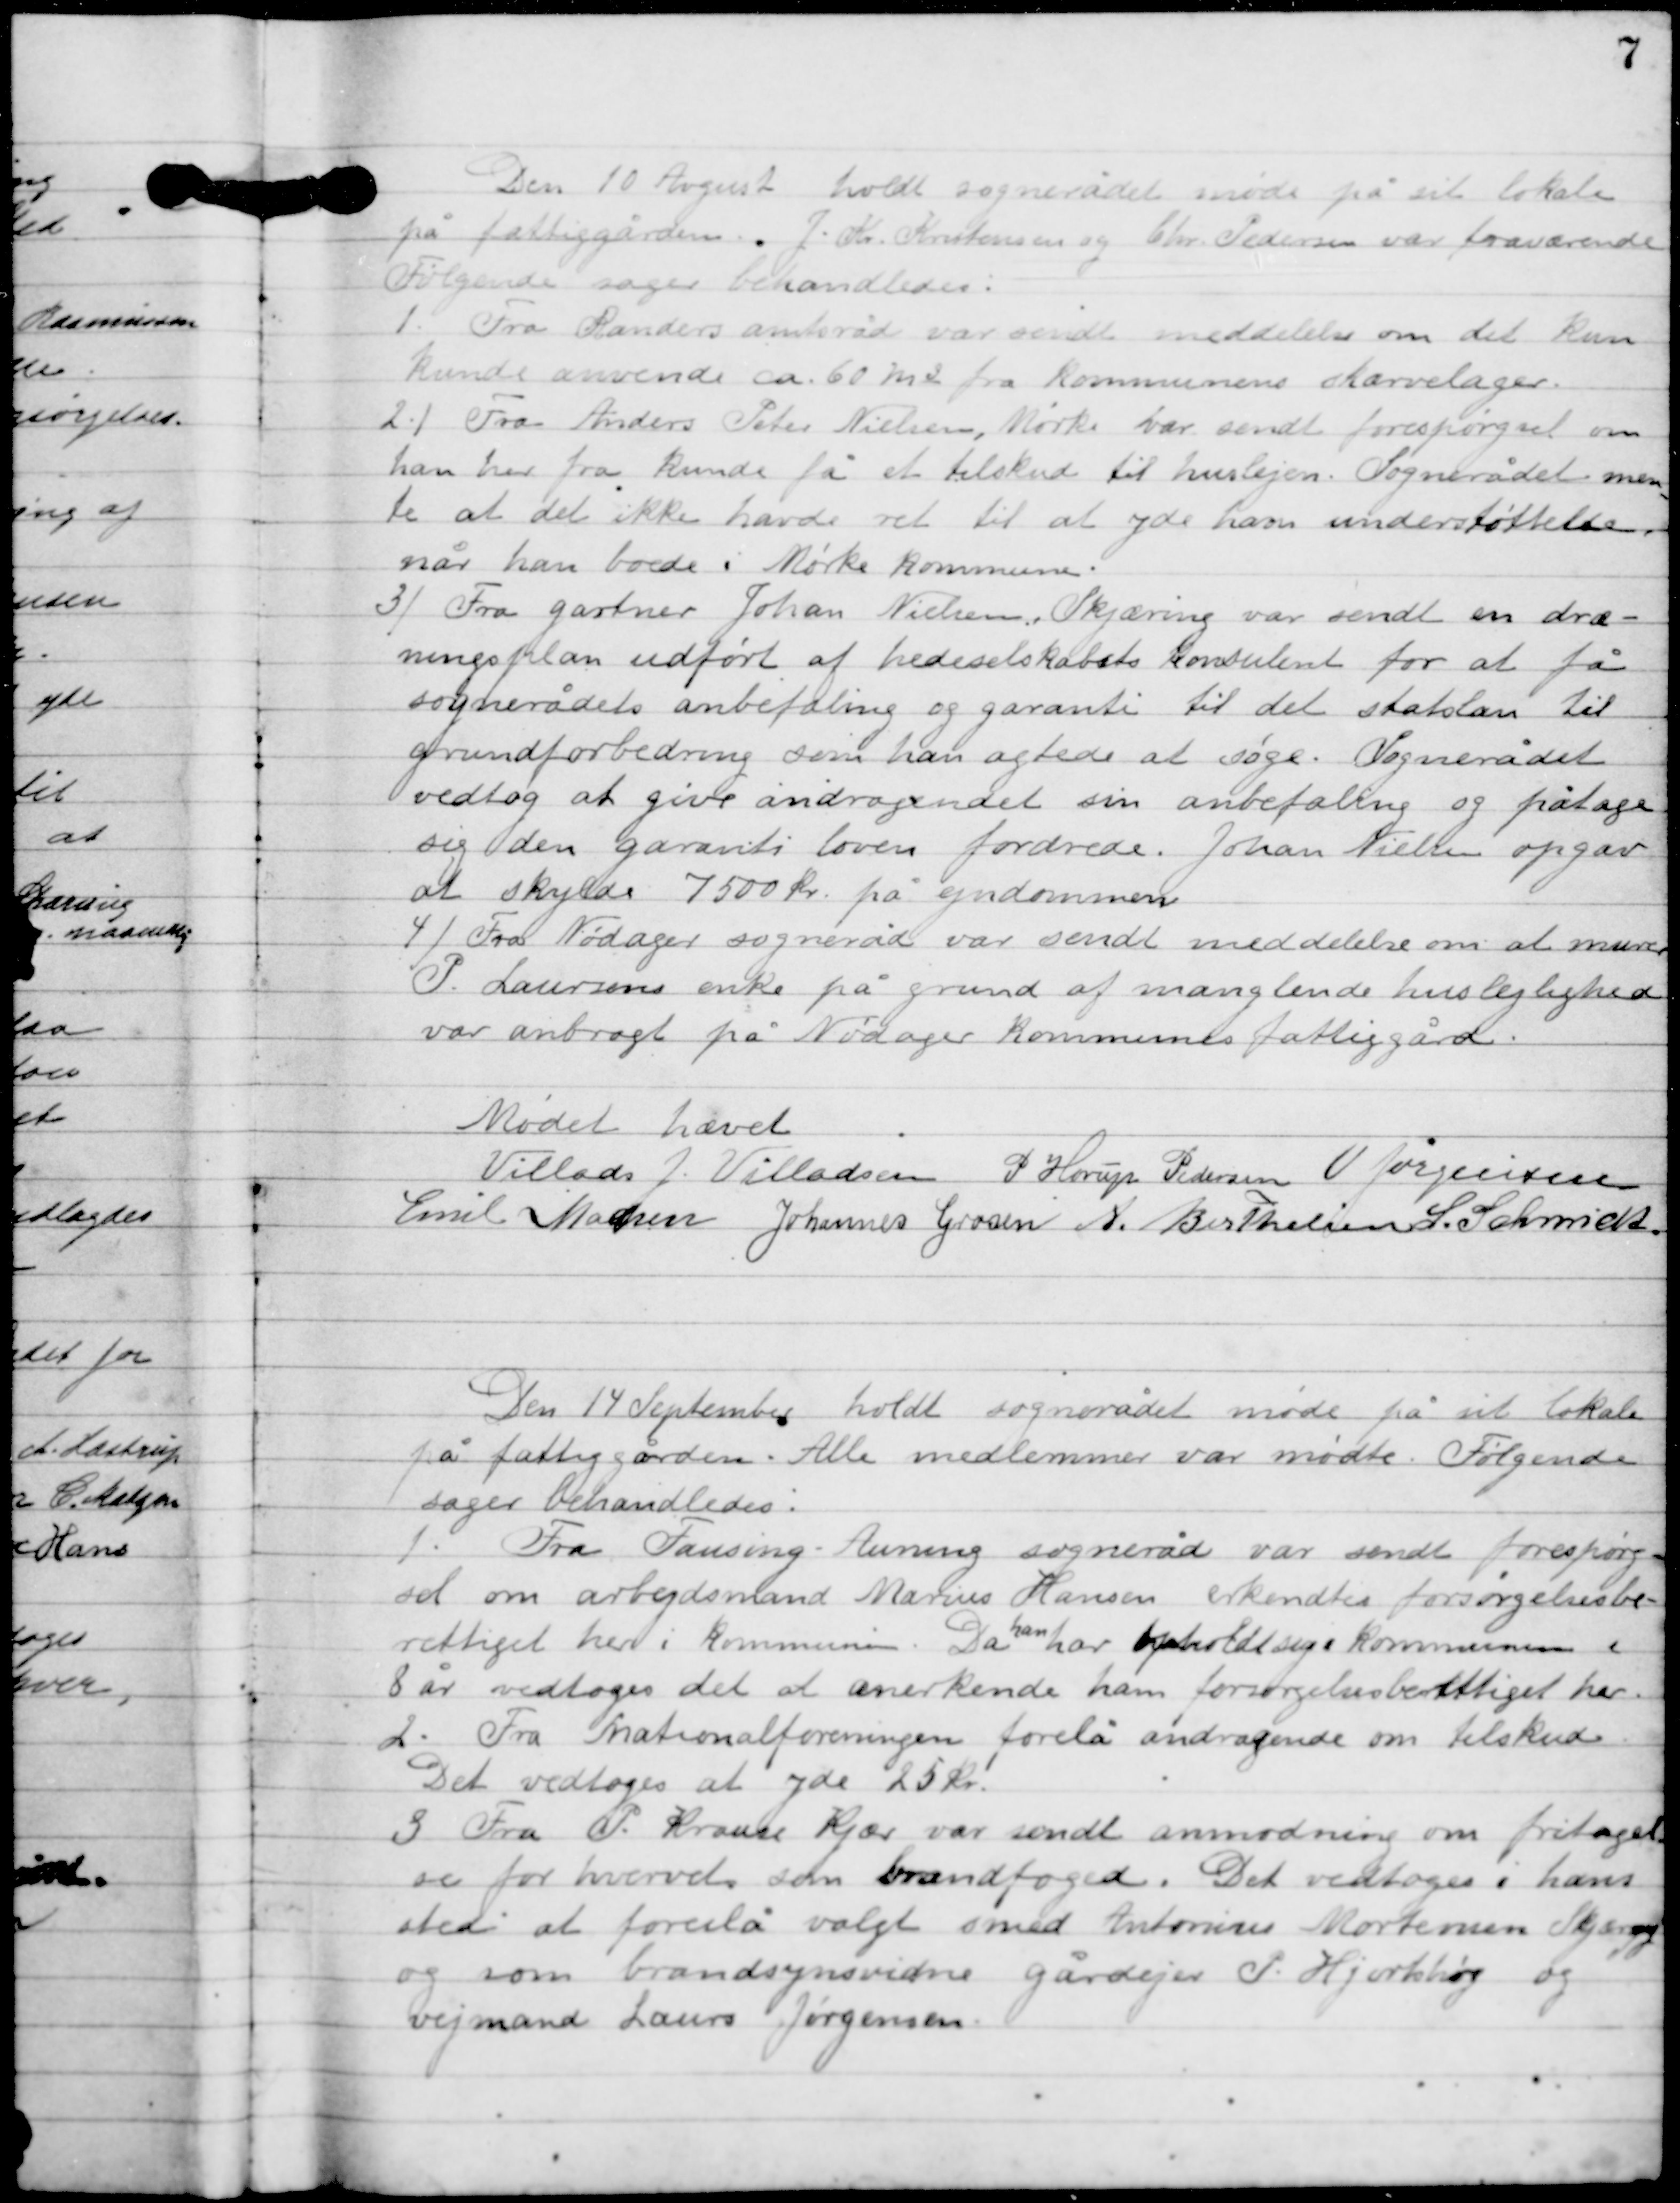
Transskription:
Den 10 August holdt sognerådet måde på sit lokale
på fattiggården. J. Kr. Christensen og Chr. Pedersen var fraværende
Følgende sager behandles:

1

Fra Randers amtsråd var sendt meddelelse om det kun
kunde anvende ca. 60 mt. fra Kommunens Skærvelager.

2

Fra Anders Peter Nielsen, Mørke var sendt forespørgsel om
han her fra kunde få et tilskud til huslejen. Sognerådet men-
te at det ikke havde ret til at yde ham understøttelse
når han boede i Mørke Kommune.

3

Fra gartner Johan Nielsen, Skæring var sendt en dræ-
ningsplan udført af hede selskabets konsulent for at få
sognerådets anbefaling og garanti til det statslån til
grundforbedring som han agtede at søge.
Sognerådet
vedtog at give andragendet om anbefaling og påtage
sig den garanti loven fordrede. Johan Nielsen opgav
at skyde 7500 kr. på ejendommen.

4

Fra Nødager sogneråd var sendt meddelelse om at murer
P. Laursens enke på grund af manglende huslejlighed
var anbragt på Nødager Kommunes fattiggård.

Mødet hævet.

Villads J. Villadsen
P. Horup Pedersen
V. Jørgensen
Emil Madsen
Johannes Grosen
A. Berthelsen
L. Schmidt

Den 14. September holdt sognerådet måde på sit lokale
på fattiggården. Alle medlemmer var mødte. Følgende
sager behandles:

1

Fra Fausing-Auning sogneråd var sendt forespørg-
sel om arbejdsmand Marius Hansen erkendtes forsørgelse
berettiget her i kommunen.
Da han har opholdt sig Kommunen i
8 år vedtoges det at anerkende ham forsørgelsesberettiget her.

1

Fra Nationalforeningen forelå andragende om tilskud.
Det vedtoges at yde 25 kr.

3

Fra P. Krause Kjær var sendt anmodning om fritagelse
for hvervet som brandfoged.
Det vedtoges i hans
sted at foreslå valgt smed Antonsen Mortensen Skæring
og som brandsynsviden gårdejer P. Hjortshøj og
vejmand Laurs Jørgensen.